Lunatic asylums in Bengal annual reports 1888-1898 - 1888-1898
Year: 1888
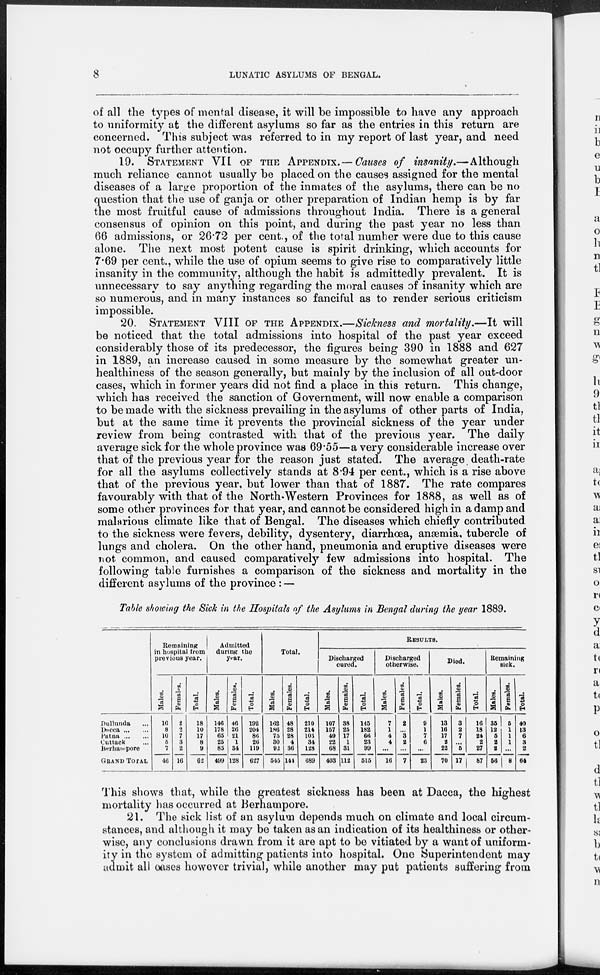
8
LUNATIC ASYLUMS OF BENGAL.
of all the types of mental disease, it will be impossible to have any approach
to uniformity at the different asylums so far as the entries in this return are
concerned. This subject was referred to in my report of last year, and need
not occupy further attention.
19. STATEMENT VII OF THE APPENDIX.— Causes of insanity.—Although
much reliance cannot usually be placed on the causes assigned for the mental
diseases of a large proportion of the inmates of the asylums, there can be no
question that the use of ganja or other preparation of Indian hemp is by far
the most fruitful cause of admissions throughout India. There is a general
consensus of opinion on this point, and during the past year no less than
66 admissions, or 26.72 per cent., of the total number were due to this cause
alone. The next most potent cause is spirit drinking, which accounts for
7.69 per cent., while the use of opium seems to give rise to comparatively little
insanity in the community, although the habit is admittedly prevalent. It is
unnecessary to say anything regarding the moral causes of insanity which are
so numerous, and in many instances so fanciful as to render serious criticism
impossible.
20. STATEMENT VIII OF THE APPENDIX.—Sickness and mortality.—It will
be noticed that the total admissions into hospital of the past year exceed
considerably those of its predecessor, the figures being 390 in 1888 and 627
in 1889, an increase caused in some measure by the somewhat greater un-
healthiness of the season generally, but mainly by the inclusion of all out-door
cases, which in former years did not find a place in this return. This change,
which has received the sanction of Government, will now enable a comparison
to be made with the sickness prevailing in the asylums of other parts of India,
but at the same time it prevents the provincial sickness of the year under
review from being contrasted with that of the previous year. The daily
average sick for the whole province was 69.55—a very considerable increase over
that of the previous year for the reason just stated. The average death-rate
for all the asylums collectively stands at 8.94 per cent., which is a rise above
that of the previous year, but lower than that of 1887. The rate compares
favourably with that of the North-Western Provinces for 1888, as well as of
some other provinces for that year, and cannot be considered high in a damp and
malarious climate like that of Bengal. The diseases which chiefly contributed
to the sickness were fevers, debility, dysentery, diarrhœa, anæmia, tubercle of
lungs and cholera. On the other hand, pneumonia and eruptive diseases were
not common, and caused comparatively few admissions into hospital. The
following table furnishes a comparison of the sickness and mortality in the
different asylums of the province : —
Table showing the Sick in the Hospitals of the Asylums in Bengal during the year 1889.
Dullunda ...
Dacca ... ...
Patna ... ...
Cuttack ...
Berhampore
GRAND TOTAL
Remaining
in hospital from
previous year.
Males.
16
8
10
5
7
46
Females.
2
2
7
3
2
16
Total.
18
10
17
8
9
62
Admitted
during the
year.
Males.
146
178
65
25
85
499
Females.
46
26
21
1
34
128
Total.
192
204
86
26
119
627
Total.
Males.
162
186
75
30
92
545
Females.
48
28
28
4
36
144
Total.
210
214
103
34
128
689
RESULTS.
Discharged
cured.
Males.
107
157
49
22
68
403
Females.
38
25
17
1
31
112
Total.
145
182
66
23
99
515
Discharged
otherwise.
Males.
7
1
4
4
...
16
Females.
2
...
3
2
...
7
Total.
9
1
7
6
...
23
Died.
Males.
13
16
17
2
22
70
Females.
3
2
7
...
5
17
Total.
16
18
24
2
27
87
Remaining
sick.
Males.
35
12
5
2
2
56
Females.
5
1
1
1
...
8
Total.
40
13
6
3
2
64
This shows that, while the greatest sickness has been at Dacca, the highest
mortality has occurred at Berhampore.
21. The sick list of an asylum depends much on climate and local circum-
stances, and although it may be taken as an indication of its healthiness or other-
wise, any conclusions drawn from it are apt to be vitiated by a want of uniform-
ity in the system of admitting patients into hospital. One Superintendent may
admit all cases however trivial, while another may put patients suffering from